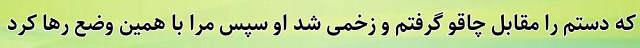
که دستم را مقابل چاقو گرفتم و زخمی شد او سپس مرا با همین وضع رها کرد